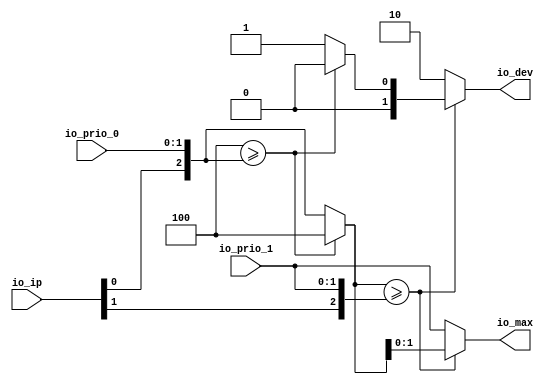
module PLICFanIn(
  input  [1:0] io_prio_0,
  input  [1:0] io_prio_1,
  input  [1:0] io_ip,
  output [1:0] io_dev,
  output [1:0] io_max
);
  wire  effectivePriority_right = io_ip[0]; // @[Plic.scala 342:59]
  wire  effectivePriority_right_1 = io_ip[1]; // @[Plic.scala 342:59]
  wire [2:0] effectivePriority_1 = {effectivePriority_right,io_prio_0}; // @[Cat.scala 29:58]
  wire [2:0] effectivePriority_2 = {effectivePriority_right_1,io_prio_1}; // @[Cat.scala 29:58]
  wire  _T = 3'h4 >= effectivePriority_1; // @[Plic.scala 338:20]
  wire [2:0] _T_2 = _T ? 3'h4 : effectivePriority_1; // @[Misc.scala 34:9]
  wire  _T_3 = _T ? 1'h0 : 1'h1; // @[Misc.scala 34:36]
  wire  _T_4 = _T_2 >= effectivePriority_2; // @[Plic.scala 338:20]
  wire [2:0] maxPri = _T_4 ? _T_2 : effectivePriority_2; // @[Misc.scala 34:9]
  assign io_dev = _T_4 ? {{1'd0}, _T_3} : 2'h2; // @[Misc.scala 34:36]
  assign io_max = maxPri[1:0]; // @[Plic.scala 344:10]
endmodule